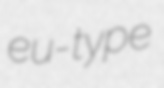
eu-type